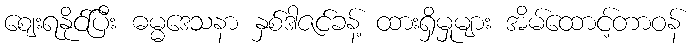
ဈေးရနိုင်ပြီး ဓမ္မဒေသနာ နှစ်ဒါဇင်ခန့် ထားရှိမှုများ အိမ်ထောင့်တာဝန်